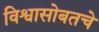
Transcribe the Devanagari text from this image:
विश्वासोबतचे